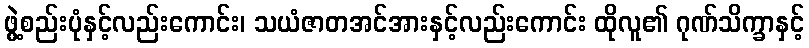
ဖွဲ့စည်းပုံနှင့်လည်းကောင်း၊ သယံဇာတအင်အားနှင့်လည်းကောင်း ထိုလူ၏ ဂုဏ်သိက္ခာနှင့်